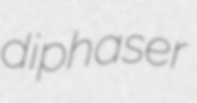
diphaser